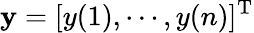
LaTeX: {\mathbf y}=[y(1),\cdots,y(n)]^{\mathrm{T}}